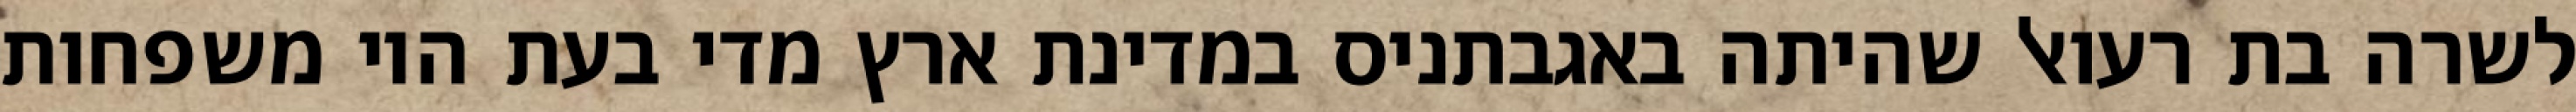
לשרה בת רעואל שהיתה באגבתניס במדינת ארץ מדי בעת היו משפחות